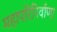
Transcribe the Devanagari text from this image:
महापरिनिर्वाणा